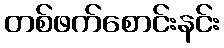
တစ်ဖက်စောင်းနင်း